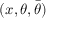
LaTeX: ( x , \theta , { \bar { \theta } } )